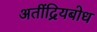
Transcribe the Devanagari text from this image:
अतींद्रियबोध